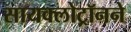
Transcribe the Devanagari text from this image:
सायक्लोट्रॉनने